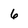
Character: 6